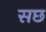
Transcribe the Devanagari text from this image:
सछ